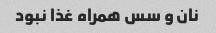
نان و سس همراه غذا نبود